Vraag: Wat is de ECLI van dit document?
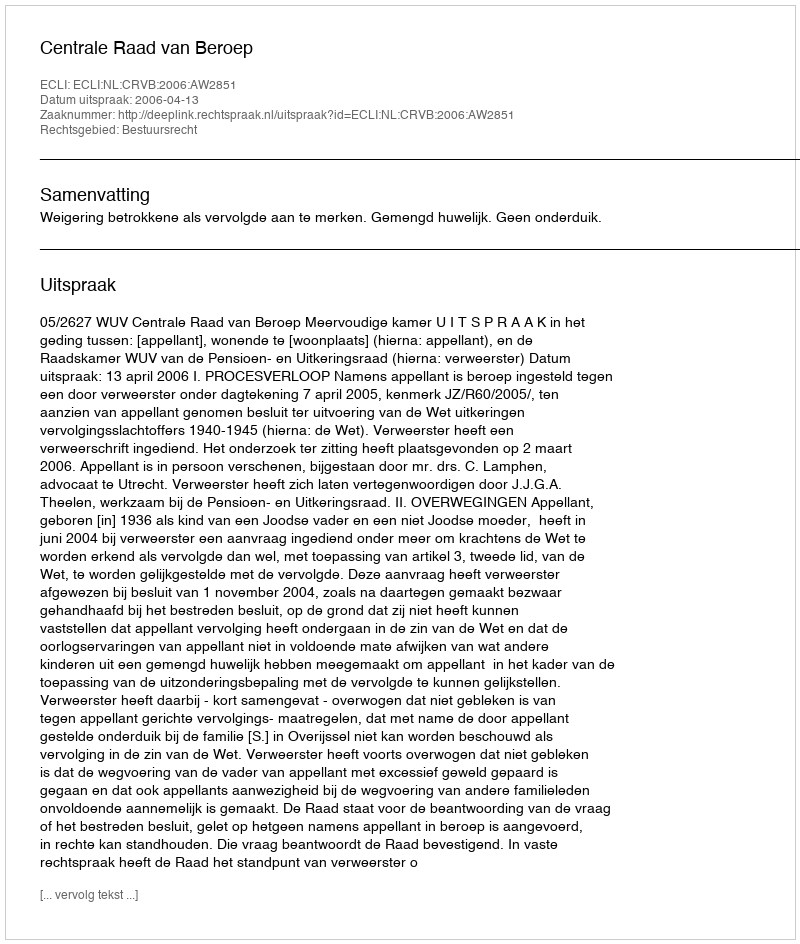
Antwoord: ECLI:NL:CRVB:2006:AW2851